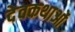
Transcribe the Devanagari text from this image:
देवकथाओं